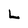
Character: L